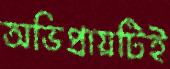
অভিপ্রায়টিই